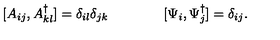
[ A _ { i j } , A _ { k l } ^ { \dagger } ] = \delta _ { i l } \delta _ { j k } \qquad \qquad [ \Psi _ { i } , \Psi _ { j } ^ { \dagger } ] = \delta _ { i j } .